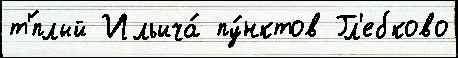
т'́плый Ильича́ пу́нктов Гл'ебково